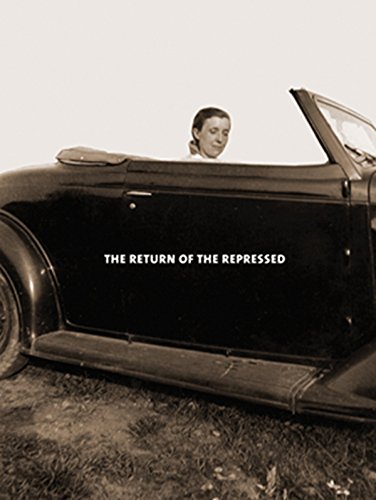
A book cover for Louise Bourgeois: The Return of the Repressed: Psychoanalytic Writings; Louise Bourgeois; Arts & Photography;